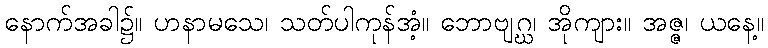
နောက်အခါ၌။ ဟနာမသေ၊ သတ်ပါကုန်အံ့။ ဘောဗျဂ္ဃ၊ အိုကျား။ အဇ္ဇ၊ ယနေ့။